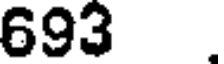
693